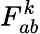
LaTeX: F_{ab}^{k}